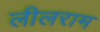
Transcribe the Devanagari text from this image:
लीलराम